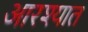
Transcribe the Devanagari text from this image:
आरश्यात